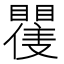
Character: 𭿪